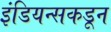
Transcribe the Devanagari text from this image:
इंडियन्सकडून